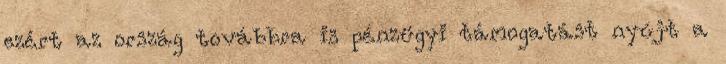
ezért az ország továbbra is pénzügyi támogatást nyújt a